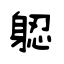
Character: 躵